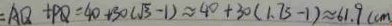
= A Q + P Q = 4 0 + 3 0 ( \sqrt { 3 } - 1 ) \approx 4 0 + 3 0 ( 1 . 7 5 - 1 ) \approx 6 1 . 9 ( c m